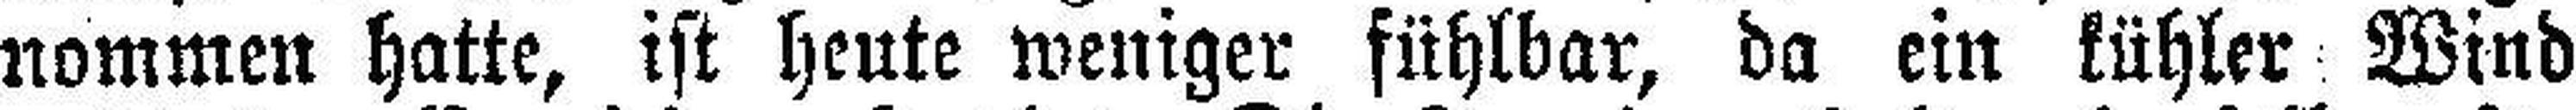
nommen hatte, ist heute weniger fühlbar, da ein kühler Wind